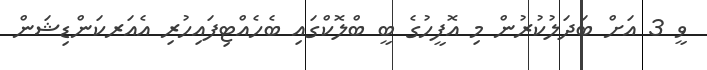
ވީ 3 އަށް ބަދަލުކުރުން މި އޮފީހުގެ ބީ ބްލޮކްގައި ބެހެއްޓިފައިހުރި އެއަރކަންޑިޝަން